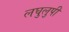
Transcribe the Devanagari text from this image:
लघुलुपी